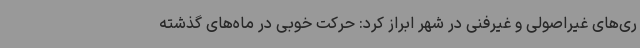
ری‌های غیراصولی و غیرفنی در شهر ابراز کرد: حرکت خوبی در ماه‌های گذشته